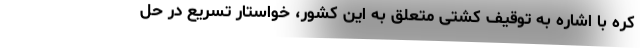
کره با اشاره به توقیف کشتی متعلق به این کشور، خواستار تسریع در حل